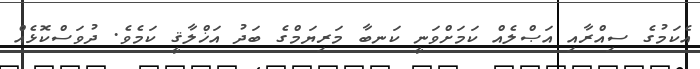
އެކަމުގެ ސިއްރާއި އަޞްލެއް ކަމަށްވަނީ ކަނބާ މަރިޔަމްގެ ބަދު އަޚްލާޤީ ކަމެވެ. ދުވަސްކޮޅެއް